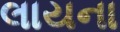
લાયના